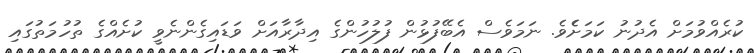
ކުރެއްވުމަށް އެދުނު ކަމަށެެވެ. ނަމަވެސް އެބޭފުޅުން ފުލުހުންގެ އިދާރާއަށް ވަޑައިގެންނެވީ ކުށެއްގެ ތުހުމަތުގައި